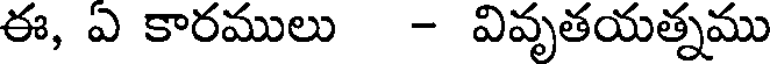
ఈ, ఏ కారములు - వివృతయత్నము